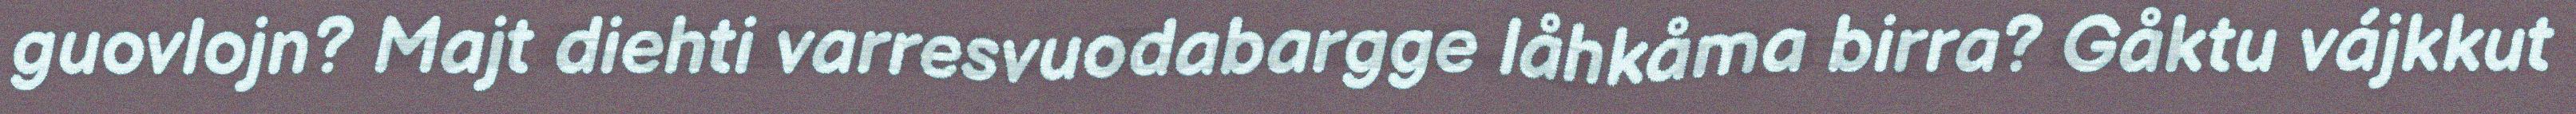
guovlojn? Majt diehti varresvuodabargge låhkåma birra? Gåktu vájkkut